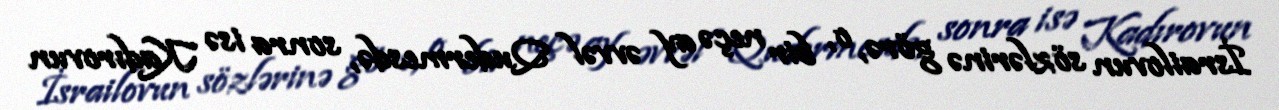
İsrailovun sözlərinə görə, o, bir neçə ay əvvəl Qudermesdə, sonra isə Kadırovun